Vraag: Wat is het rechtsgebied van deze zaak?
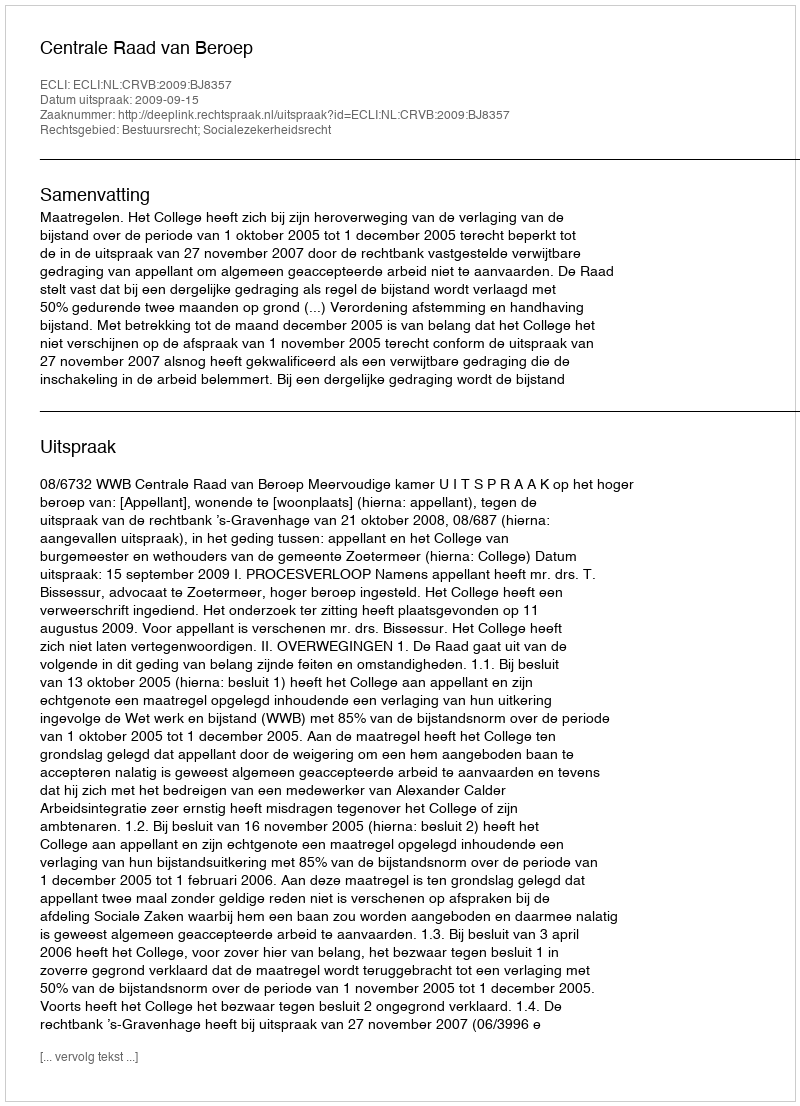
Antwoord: Bestuursrecht; Socialezekerheidsrecht